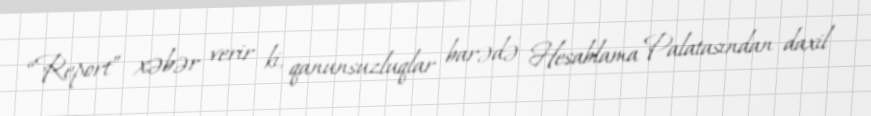
“Report” xəbər verir ki, qanunsuzluqlar barədə Hesablama Palatasından daxil